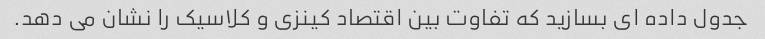
جدول داده ای بسازید که تفاوت بین اقتصاد کینزی و کلاسیک را نشان می دهد.